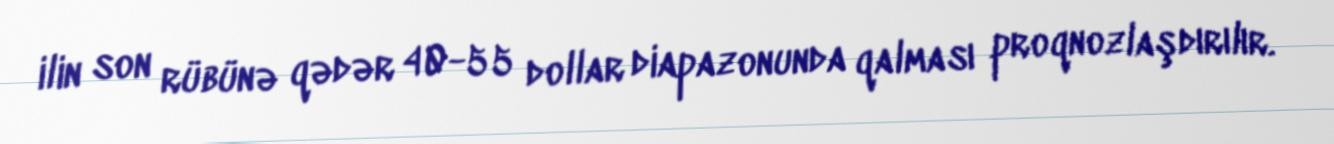
ilin son rübünə qədər 40-55 dollar diapazonunda qalması proqnozlaşdırılır.